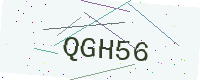
Text: QGH56